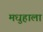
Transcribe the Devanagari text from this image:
मधुहाला